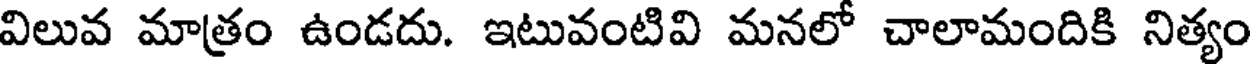
విలువ మాత్రం ఉండదు. ఇటువంటివి మనలో చాలామందికి నిత్యం